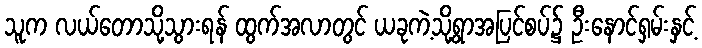
သူက လယ်တောသို့သွားရန် ထွက်အလာတွင် ယခုကဲ့သို့ရွာအပြင်စပ်၌ ဦးနောင်ရှမ်းနှင့်